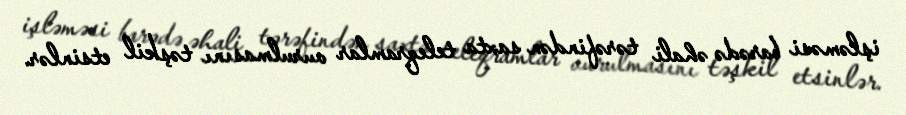
işləməsi barədə əhali tərəfindən saxta teleqramlar vurulmasını təşkil etsinlər.